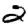
Digit: 2